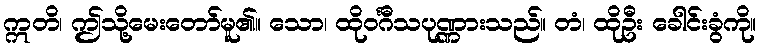
ဣတိ၊ ဤသို့မေးတော်မူ၏။ သော၊ ထိုဝင်္ဂီသပုဏ္ဏားသည်။ တံ၊ ထိုဦး ခေါင်းခွံကို။